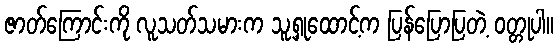
ဇာတ်ကြောင်းကို လူသတ်သမားက သူ့ရှုထောင့်က ပြန်ပြောပြတဲ့ ဝတ္တုပါ။